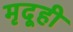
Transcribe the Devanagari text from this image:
मृदूही